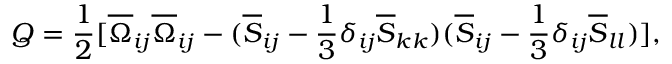
Q = \frac { 1 } { 2 } [ \overline { { \Omega } } _ { i j } \overline { { \Omega } } _ { i j } - ( \overline { { S } } _ { i j } - \frac { 1 } { 3 } \delta _ { i j } \overline { { S } } _ { k k } ) ( \overline { { S } } _ { i j } - \frac { 1 } { 3 } \delta _ { i j } \overline { { S } } _ { l l } ) ] ,